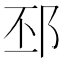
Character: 邳